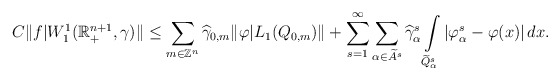
\begin{align*}&C \|f|W^{1}_{1}(\mathbb{R}^{n+1}_{+},\gamma)\|\le \sum\limits_{m \in \mathbb{Z}^{n}}\widehat{\gamma}_{0,m}\|\varphi|L_{1}(Q_{0,m})\|+ \sum\limits_{s=1}^{\infty}\sum\limits_{\alpha \in \widetilde{A}^{s}} \widehat{\gamma}^{s}_{\alpha}\int\limits_{\widetilde{Q}^{s}_{\alpha}}|\varphi^{s}_{\alpha}-\varphi(x)|\,dx .\end{align*}